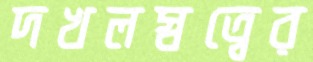
দখলস্বত্বের